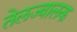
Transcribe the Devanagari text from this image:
तेलज्वालक